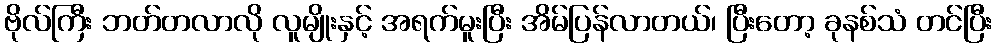
ဗိုလ်ကြီး ဘတ်တလာလို လူမျိုးနှင့် အရက်မူးပြီး အိမ်ပြန်လာတယ်၊ ပြီးတော့ ခုနစ်သံ တင်ပြီး